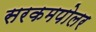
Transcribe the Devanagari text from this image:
सरकमपोलर